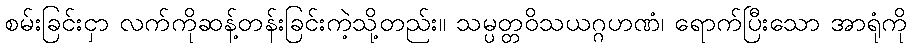
စမ်းခြင်းငှာ လက်ကိုဆန့်တန်းခြင်းကဲ့သို့တည်း။ သမ္ပတ္တဝိသယဂ္ဂဟဏံ၊ ရောက်ပြီးသော အာရုံကို